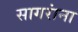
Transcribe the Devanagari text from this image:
सागरांना